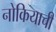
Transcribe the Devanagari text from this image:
नोकियाची